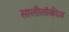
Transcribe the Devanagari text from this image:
सालीलॉकीज़